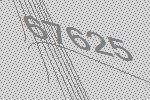
67625